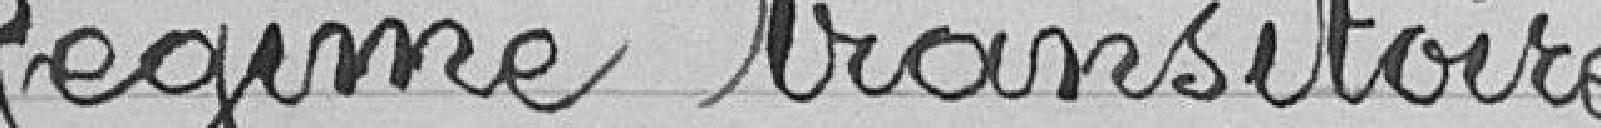
Régime transitoire